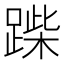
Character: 䠕